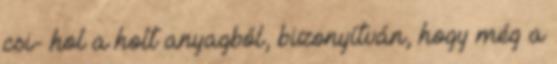
csi- hol a holt anyagból, bizonyítván, hogy még a